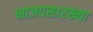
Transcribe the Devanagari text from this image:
भाजपसारख्या